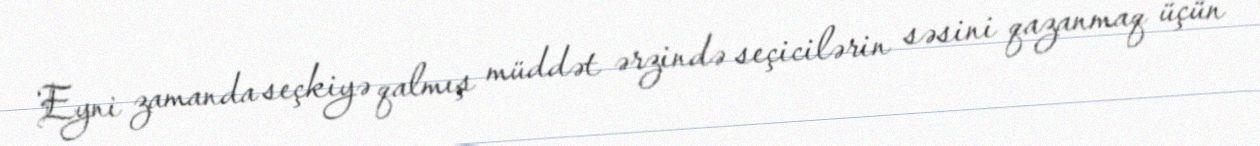
Eyni zamanda seçkiyə qalmış müddət ərzində seçicilərin səsini qazanmaq üçün